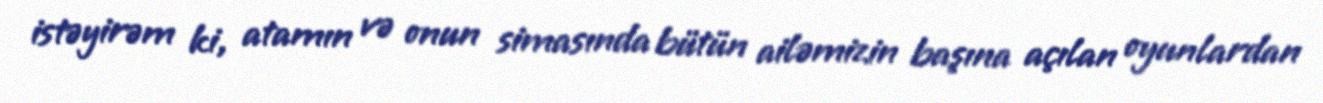
istəyirəm ki, atamın və onun simasında bütün ailəmizin başına açılan oyunlardan